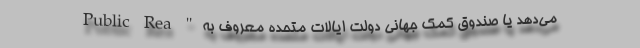
می‌دهد یا صندوق کمک جهانی دولت ایالات متحده معروف به " Public Rea